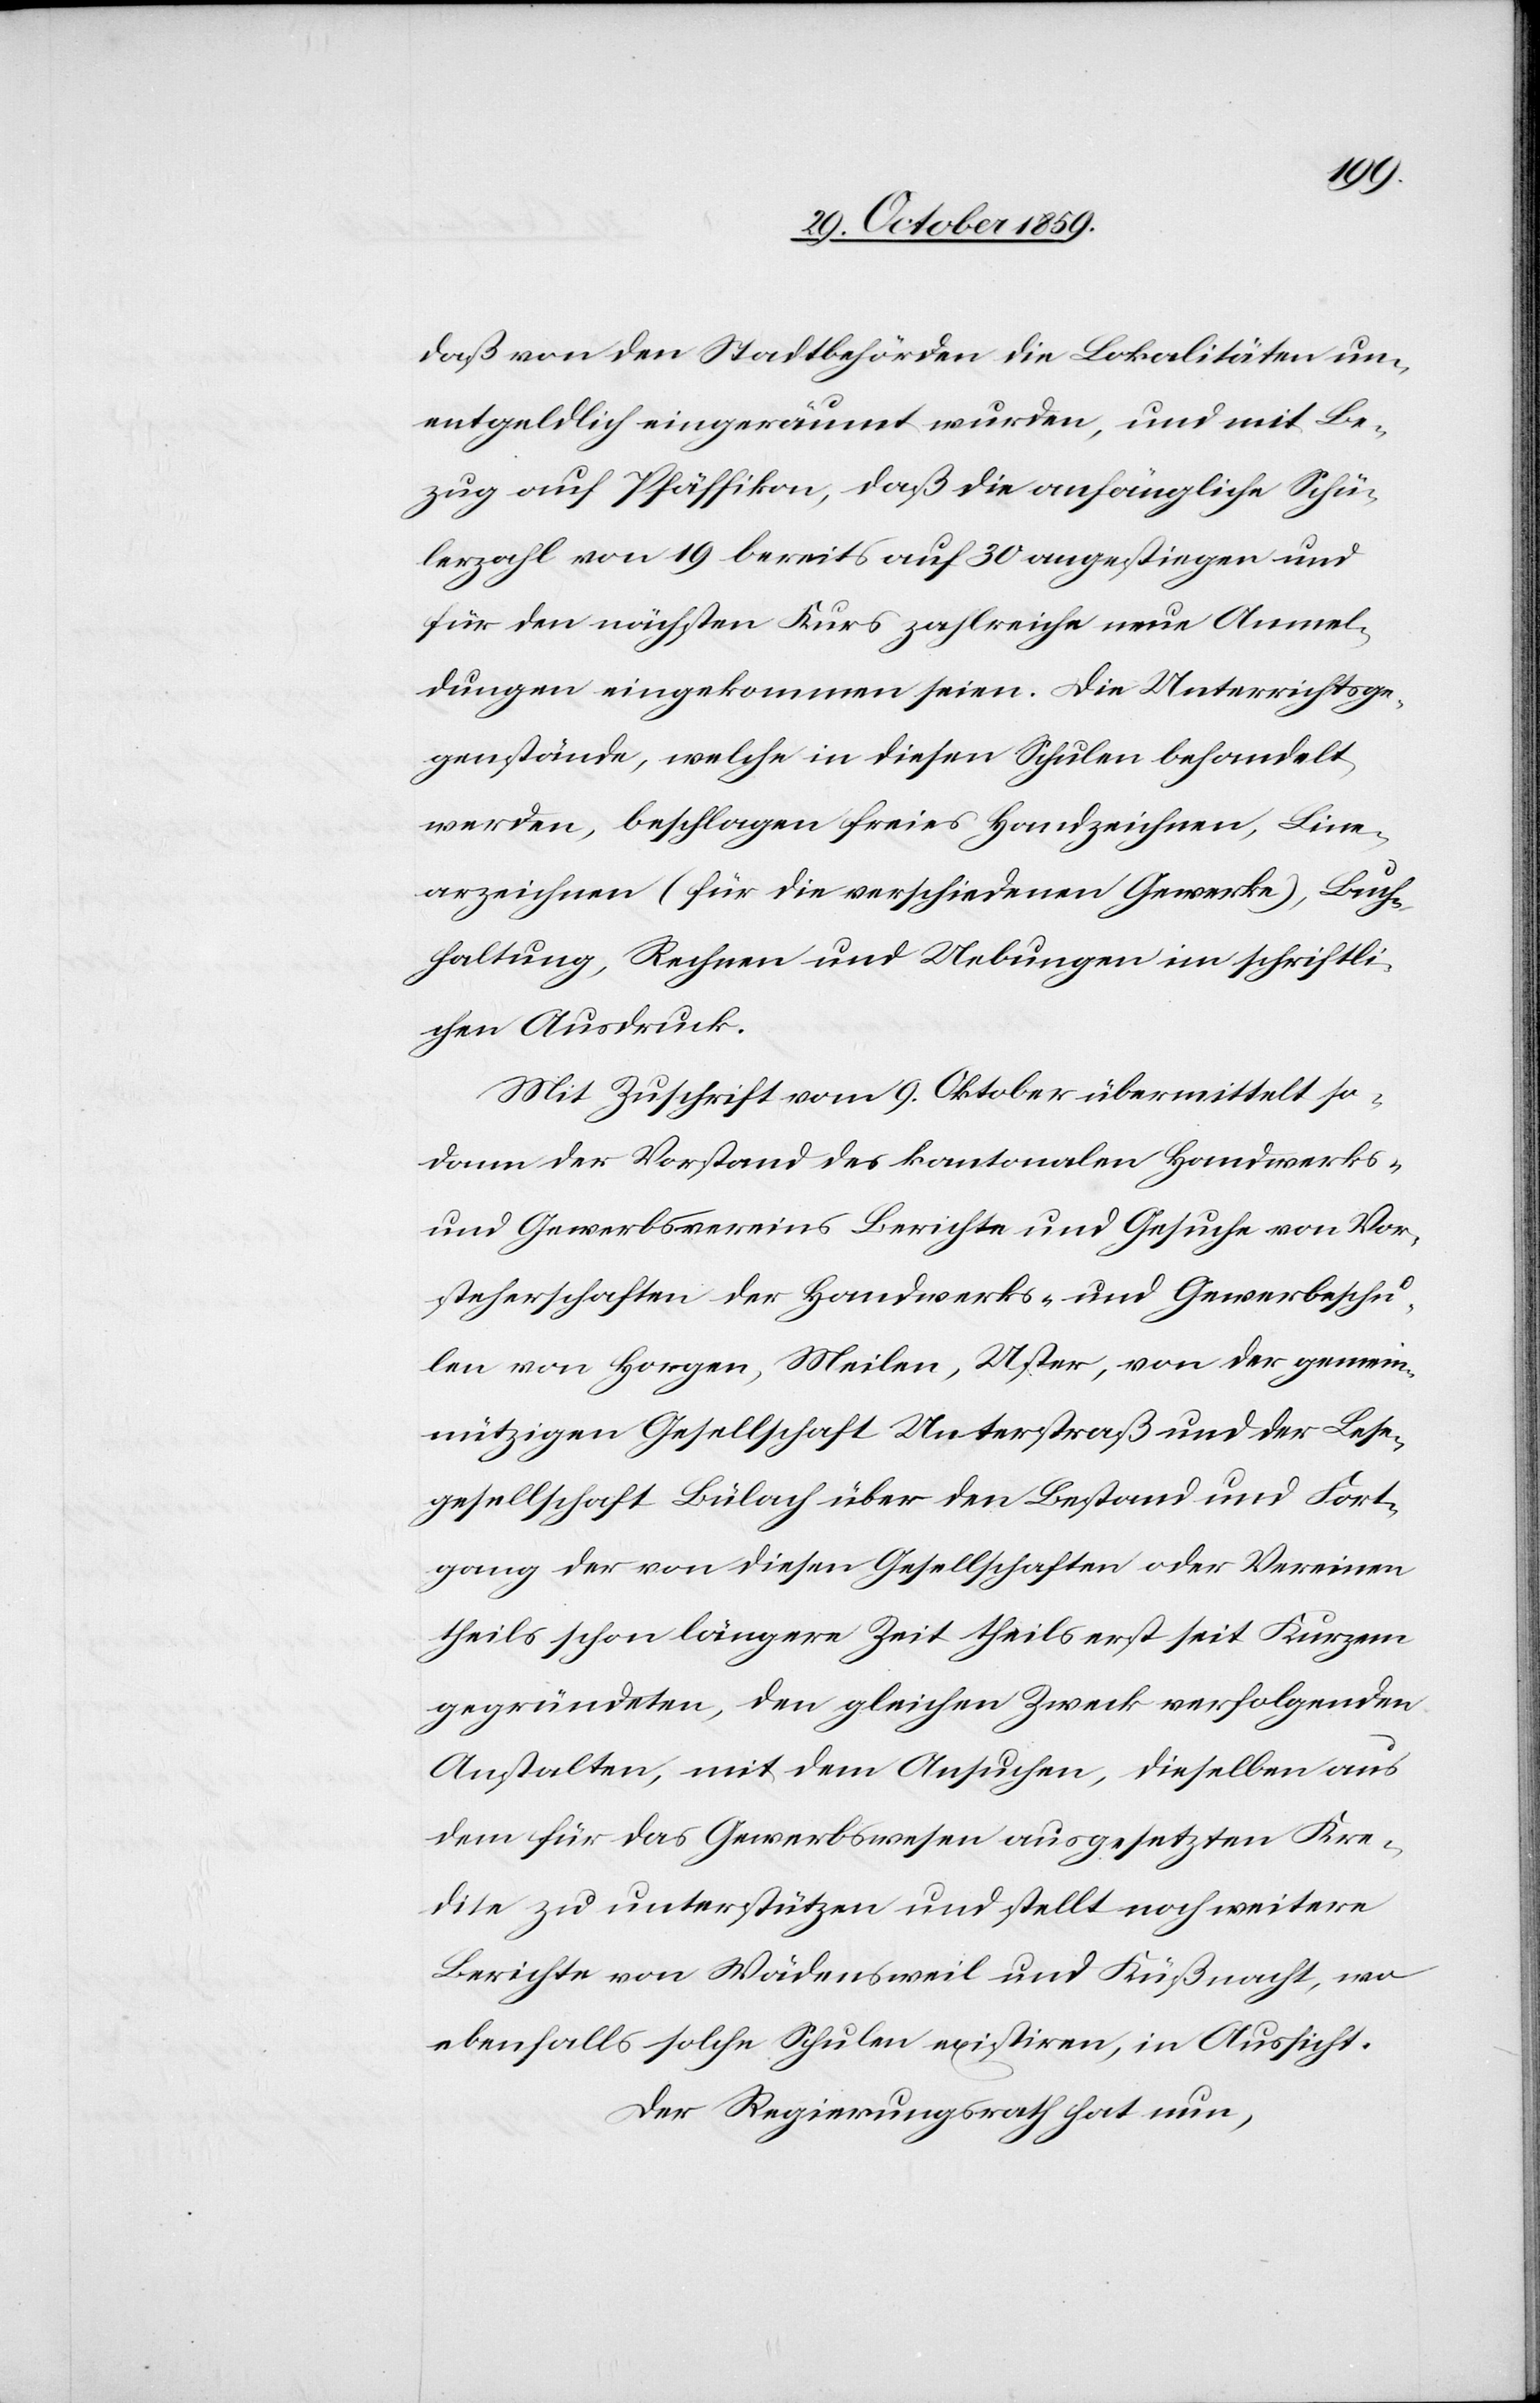
chen
daß von den Stadtbehörden die Lokalitäten un¬
entgeldlich eingeräumt wurden, und mit Be¬
zug auf Pfäffikon, daß die anfängliche Schü¬
lerzahl von 19 bereits auf 30 angestiegen und
für den nächsten Kurs zahlreiche neue Anmel¬
dungen eingekommen seien. Die Unterrichtsge¬
genstände, welche in diesen Schulen behandelt
werden, beschlagen freies Handzeichnen, Line¬
arzeichnen (für die verschiedenen Gewerke), Buch¬
haltung, Rechnen und Uebungen in schriftli¬
Mit Zuschrift vom 9. Oktober übermittelt so¬
dann der Vorstand des kantonalen Handwerks-
und Gewerbsvereins Berichte und Gesuche von Vor¬
steherschaften der Handwerks- und Gewerbeschu¬
len von Horgen, Meilen, Uster, von der gemein¬
nützigen Gesellschaft Unterstraß und der Lehr¬
gesellschaft Bülach über den Bestand und Fort¬
gang der von diesen Gesellschaften oder Vereinen
theils schon längere Zeit theils erst seit Kurzem
gegründeten, den gleichen Zweck verfolgenden
Anstalten, mit dem Ansuchen, dieselben aus
dem für das Gewerbswesen ausgesetzten Kre¬
dite zu unterstützen und stellt noch weitere
Berichte von Wädensweil und Küßnacht, wo
ebenfalls solche Schulen existiren, in Aussicht.
Der Regierungsrath hat nun,